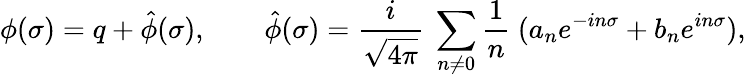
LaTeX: \phi(\sigma)=q+\hat{\phi}(\sigma),\qquad\hat{\phi}(\sigma)={\frac i{\sqrt{4\pi}}}~\sum_{n\ne 0}{\frac 1n}~(a_{n}e^{-in\sigma}+b_{n}e^{in\sigma}),